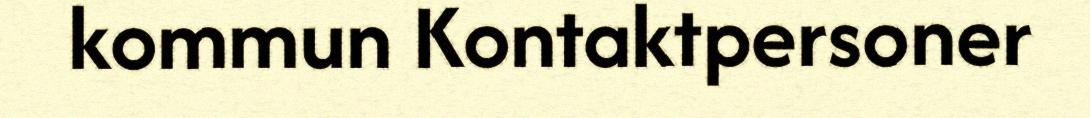
kommun Kontaktpersoner